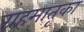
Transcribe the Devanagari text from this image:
ग्रहमातृका